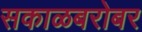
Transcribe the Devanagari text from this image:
सकाळबरोबर